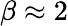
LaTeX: \beta\approx 2